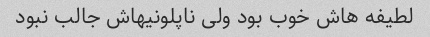
لطیفه هاش خوب بود ولی ناپلونیهاش جالب نبود